Annual administration report of the Civil Veterinary Department of India - 1895-1896
Year: 1895
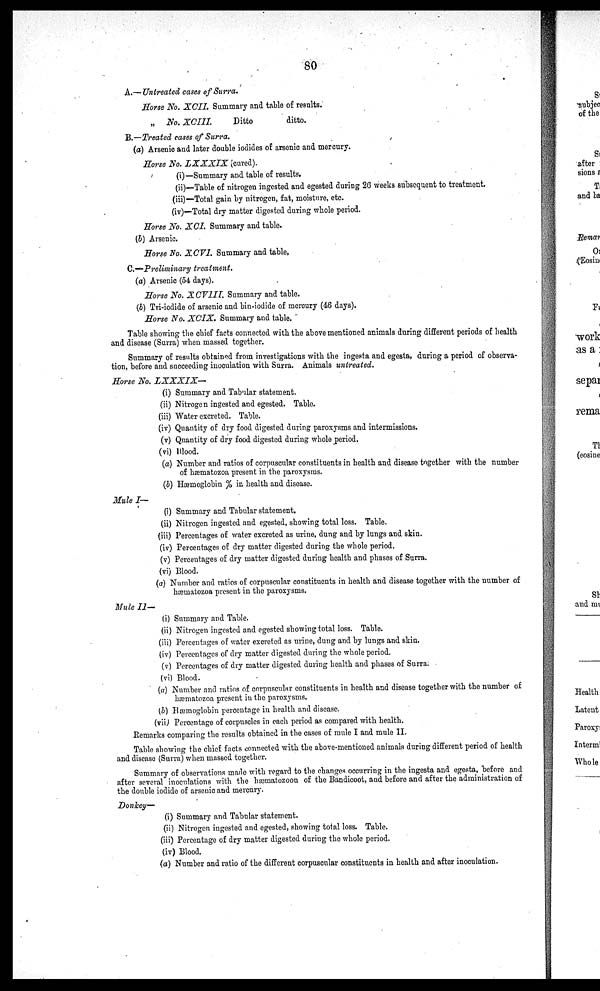
80
A.—Untreated cases of Surra.
Horse No. XCII. Summary and table of results.
„ No.XCIII.
Ditto
ditto.
B.—Treated cases of Surra.
(a) Arseuic and later double iodides of arsenic and mercury.
Horse No. LXXXIX
(cured).
(i)—Summary and table of results.
(ii)—Table of nitrogen ingested and egested during 26 weeks subsequent to treatment.
(iii)—Total gain by nitrogen, fat, moisture, etc.
(iv)—Total dry matter digested during whole period.
Horse No. XCI. Summary and table.
(b) Arsenic.
Horse No. XCVI. Summary and table,
C.—Preliminary treatment.
(a) Arsenic (54 days).
Horse No. X CV1IT. Summary and table.
(b) Tri-iodide of arsenic and bin-iodide of mercury (46 days).
Horse No. XCIX. Summary and table.
Table showing the chief facts connected with the above mentioned animals during different periods of health
and disease (Surra) when massed together.
Summary of results obtained from investigations with the ingesta and egesta, during a period of observa-
tion, before and succeeding inoculation with Surra. Animals untreated.
Horse No.
LXXXIX—
(i) Summary and Tabular statement.
(ii) Nitrogen ingested and egested. Table.
(iii) Water excreted. Table.
(iv) Quantity of dry food digested during paroxysms and intermissions.
(v) Quantity of dry food digested during whole period.
(vi) Blood.
(a) Number and ratios of corpuscular constituents in health and disease together with the number
of hæmatozoa present in the paroxysms.
(b) Hæmoglobin % in health and disease.
Mule I—
(i) Summary and Tabular statement.
(ii) Nitrogen ingested and egested, showing total loss. Table.
(iii) Percentages of water excreted as urine, dung and by lungs and skin.
(iv) Percentages of dry matter digested during the whole period.
(v) Percentages of dry matter digested during health and phases of Surra.
(vi) Blood.
(a) Number and ratios of corpuscular constituents in health and disease together with the number of
hæmatozoa present in the paroxysms.
Mule II—
(i) Summary and Table.
(ii) Nitrogen ingested and egested showing total loss. Table.
(iii) Percentages of water excreted as urine, dung and by lungs and skin.
(iv) Percentages of dry matter digested during the whole period.
(v) Percentages of dry matter digested during health and phases of Surra.
(vi) Blood.
(a) Number and ratios of corpuscular constituents in health and disease together with the number of
hæmatozoa present in the paroxysms.
(b) Hæmoglobin percentage in health and disease.
(vii) Percentage of corpuscles in each period as compared with health.
Remarks comparing the results obtained in the cases of mule I and mule II.
Table showing the chief facts connected with the above-mentioned animals during different period of health
and disease (Surra) when massed together.
Summary of observations made with regard to the changes occurring in the ingesta and egesta, before and
after several inoculations with the hæmatozoon of the Bandicoot, and before and after the administration of
the double iodide of arsenic and mercury.
Donkey—
(i) Summary and Tabular statement.
(ii) Nitrogen ingested and egested, showing total loss. Table.
(iii) Percentage of dry matter digested during the whole period.
(iv) Blood.
(a) Number and ratio of the different corpuscular constituents in health and after inoculation.